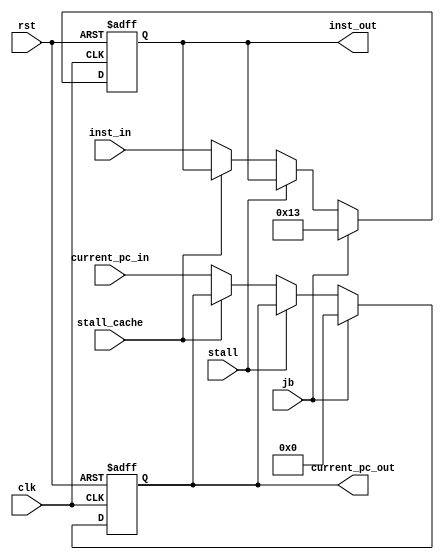
module Reg_IF_ID (
    input clk,
    input rst,
    input stall,
    input stall_cache,
    input jb,
    input [31:0] current_pc_in, inst_in,
    output reg[31:0] inst_out, current_pc_out
    );
    always @ (posedge clk or posedge rst) begin
        if (rst) begin
            inst_out <= 32'd19;
            current_pc_out <= 32'd0;
        end
        // jump or branch condition is established => jb == 1 => flush the previous instruction
        else if (jb) begin
            // nop is addi x0, x0, 0 => instruction opcode is 0010011, which is 32d'19
            inst_out <= 32'd19;
            current_pc_out <= 32'd0;
        end
        // stall the cpu => do not update out data
        else if (stall) begin
            inst_out <= inst_out;
            current_pc_out <= current_pc_out;
        end
        else if (stall_cache) begin
            inst_out <= inst_out;
            current_pc_out <= current_pc_out;
        end
        // jump or branch condition doesn't establish => jb == 0 => keep updating out data
        else begin
            inst_out <= inst_in;
            current_pc_out <= current_pc_in;
        end

    end

endmodule